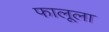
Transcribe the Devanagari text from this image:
फालूला